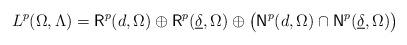
LaTeX: \begin{align*} L^p(\Omega,\Lambda)={\rm{\sf R}}^p(d,\Omega)\oplus{\rm{\sf R}}^p(\underline{\delta},\Omega)\oplus \bigl({\rm{\sf N}}^p(d,\Omega) \cap{\rm{\sf N}}^p(\underline{\delta},\Omega)\bigr) \end{align*}